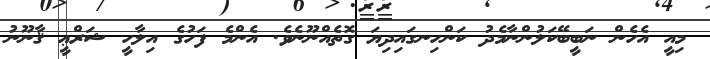
މިއީ އެހެން ނަބީބޭކަލުންނާމެދު ކަންހިނގައިދިޔަ ގޮތެއްނޫނެވެ. އެންމެ ފަހުގެ އިލާހީ ޝަރްޢީ ޤާނޫނު